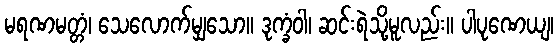
မရဏမတ္တံ၊ သေလောက်မျှသော။ ဒုက္ခံဝါ၊ ဆင်းရဲသို့မူလည်း။ ပါပုဏေယျ၊